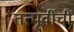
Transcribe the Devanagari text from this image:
तत्पूर्वींचीं